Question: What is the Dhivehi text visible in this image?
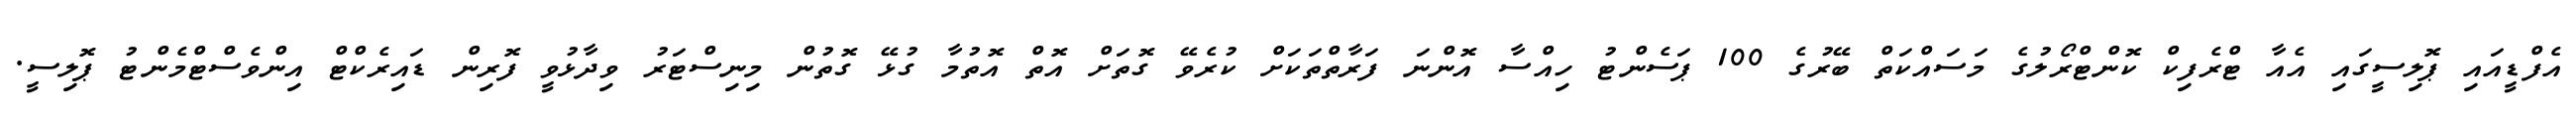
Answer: އެފްޑީއައި ޕޮލިސީގައި އެއާ ޓްރެފިކް ކޮންޓްރޯލުގެ މަސައްކަތް ބޭރުގެ 100 ޕަސެންޓު ހިއްސާ އޮންނަ ފަރާތްތަކަށް ކުރެވޭ ގޮތަށް އޮތް އޮތުމާ ގުޅޭ ގޮތުން މިނިސްޓަރު ވިދާޅުވީ ފޮރިން ޑައިރެކްޓް އިންވެސްޓްމެންޓު ޕޮލިސީ.